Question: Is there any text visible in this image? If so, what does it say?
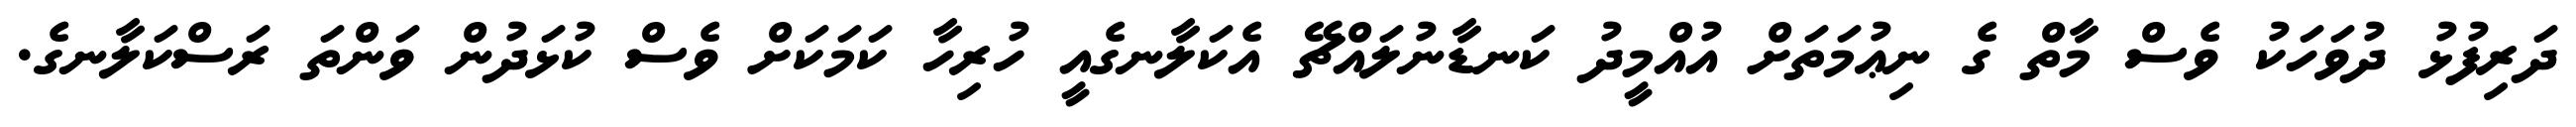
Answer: ދަރިފުޅު ދުވަހަކު ވެސް މާތް ގެ ނިޢުމަތަށް އުއްމީދު ކަނޑާނުލައްޗޭ އެކަލާނގެއީ ހުރިހާ ކަމަކަށް ވެސް ކުޅަދުން ވަންތަ ރަސްކަލާނގެ.